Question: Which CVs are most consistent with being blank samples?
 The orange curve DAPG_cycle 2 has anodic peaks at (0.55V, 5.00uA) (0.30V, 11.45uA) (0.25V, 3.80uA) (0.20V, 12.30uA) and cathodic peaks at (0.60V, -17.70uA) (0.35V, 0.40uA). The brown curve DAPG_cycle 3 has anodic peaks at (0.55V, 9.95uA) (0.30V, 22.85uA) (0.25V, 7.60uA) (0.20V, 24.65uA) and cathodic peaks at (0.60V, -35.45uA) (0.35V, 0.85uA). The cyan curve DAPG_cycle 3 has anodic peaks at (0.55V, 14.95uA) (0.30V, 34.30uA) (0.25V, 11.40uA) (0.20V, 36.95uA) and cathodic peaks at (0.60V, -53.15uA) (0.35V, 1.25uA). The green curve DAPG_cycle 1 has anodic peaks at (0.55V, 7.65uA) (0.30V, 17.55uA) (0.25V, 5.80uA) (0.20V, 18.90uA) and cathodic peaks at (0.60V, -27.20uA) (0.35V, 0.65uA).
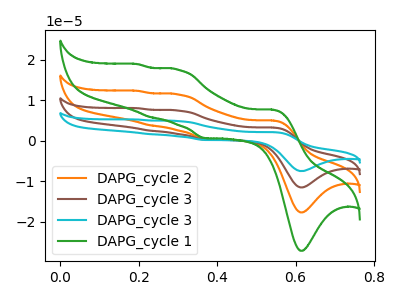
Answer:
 <answer>There are not any CV's on this graph that are likely to be blanks.</answer>
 <eval>none</eval>